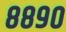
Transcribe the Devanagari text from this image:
८८९०